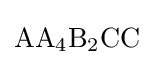
\mathrm {AA_{4}B_{2}CC}